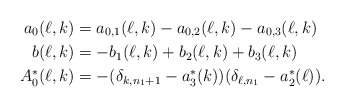
\begin{align*} a_0(\ell,k)&=a_{0,1}(\ell,k)-a_{0,2}(\ell,k)-a_{0,3}(\ell,k)\\ b(\ell,k)&=-b_1(\ell,k)+ b_2(\ell,k)+b_3(\ell,k)\\ A_0^\ast(\ell,k)&=-(\delta_{k,n_1+1}-a_3^\ast(k))(\delta_{\ell,n_1}-a_2^\ast(\ell)).\end{align*}